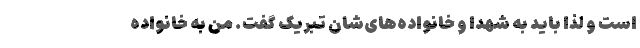
است و لذا باید به شهدا و خانواده‌های‌شان تبریک گفت. من به خانواده